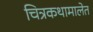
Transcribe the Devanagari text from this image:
चित्रकथामालेत